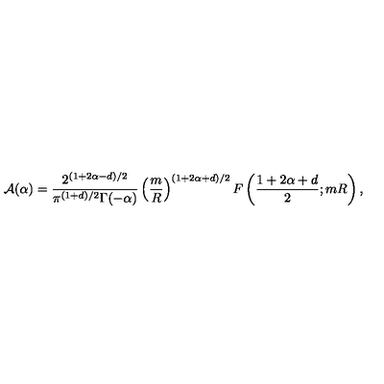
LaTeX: { \cal A } ( \alpha ) = \frac { 2 ^ { ( 1 + 2 \alpha - d ) / 2 } } { \pi ^ { ( 1 + d ) / 2 } \Gamma ( - \alpha ) } \left( \frac { m } { R } \right) ^ { ( 1 + 2 \alpha + d ) / 2 } F \left( \frac { 1 + 2 \alpha + d } { 2 } ; m R \right) ,